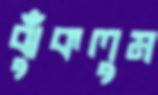
ঝুঁকলুম